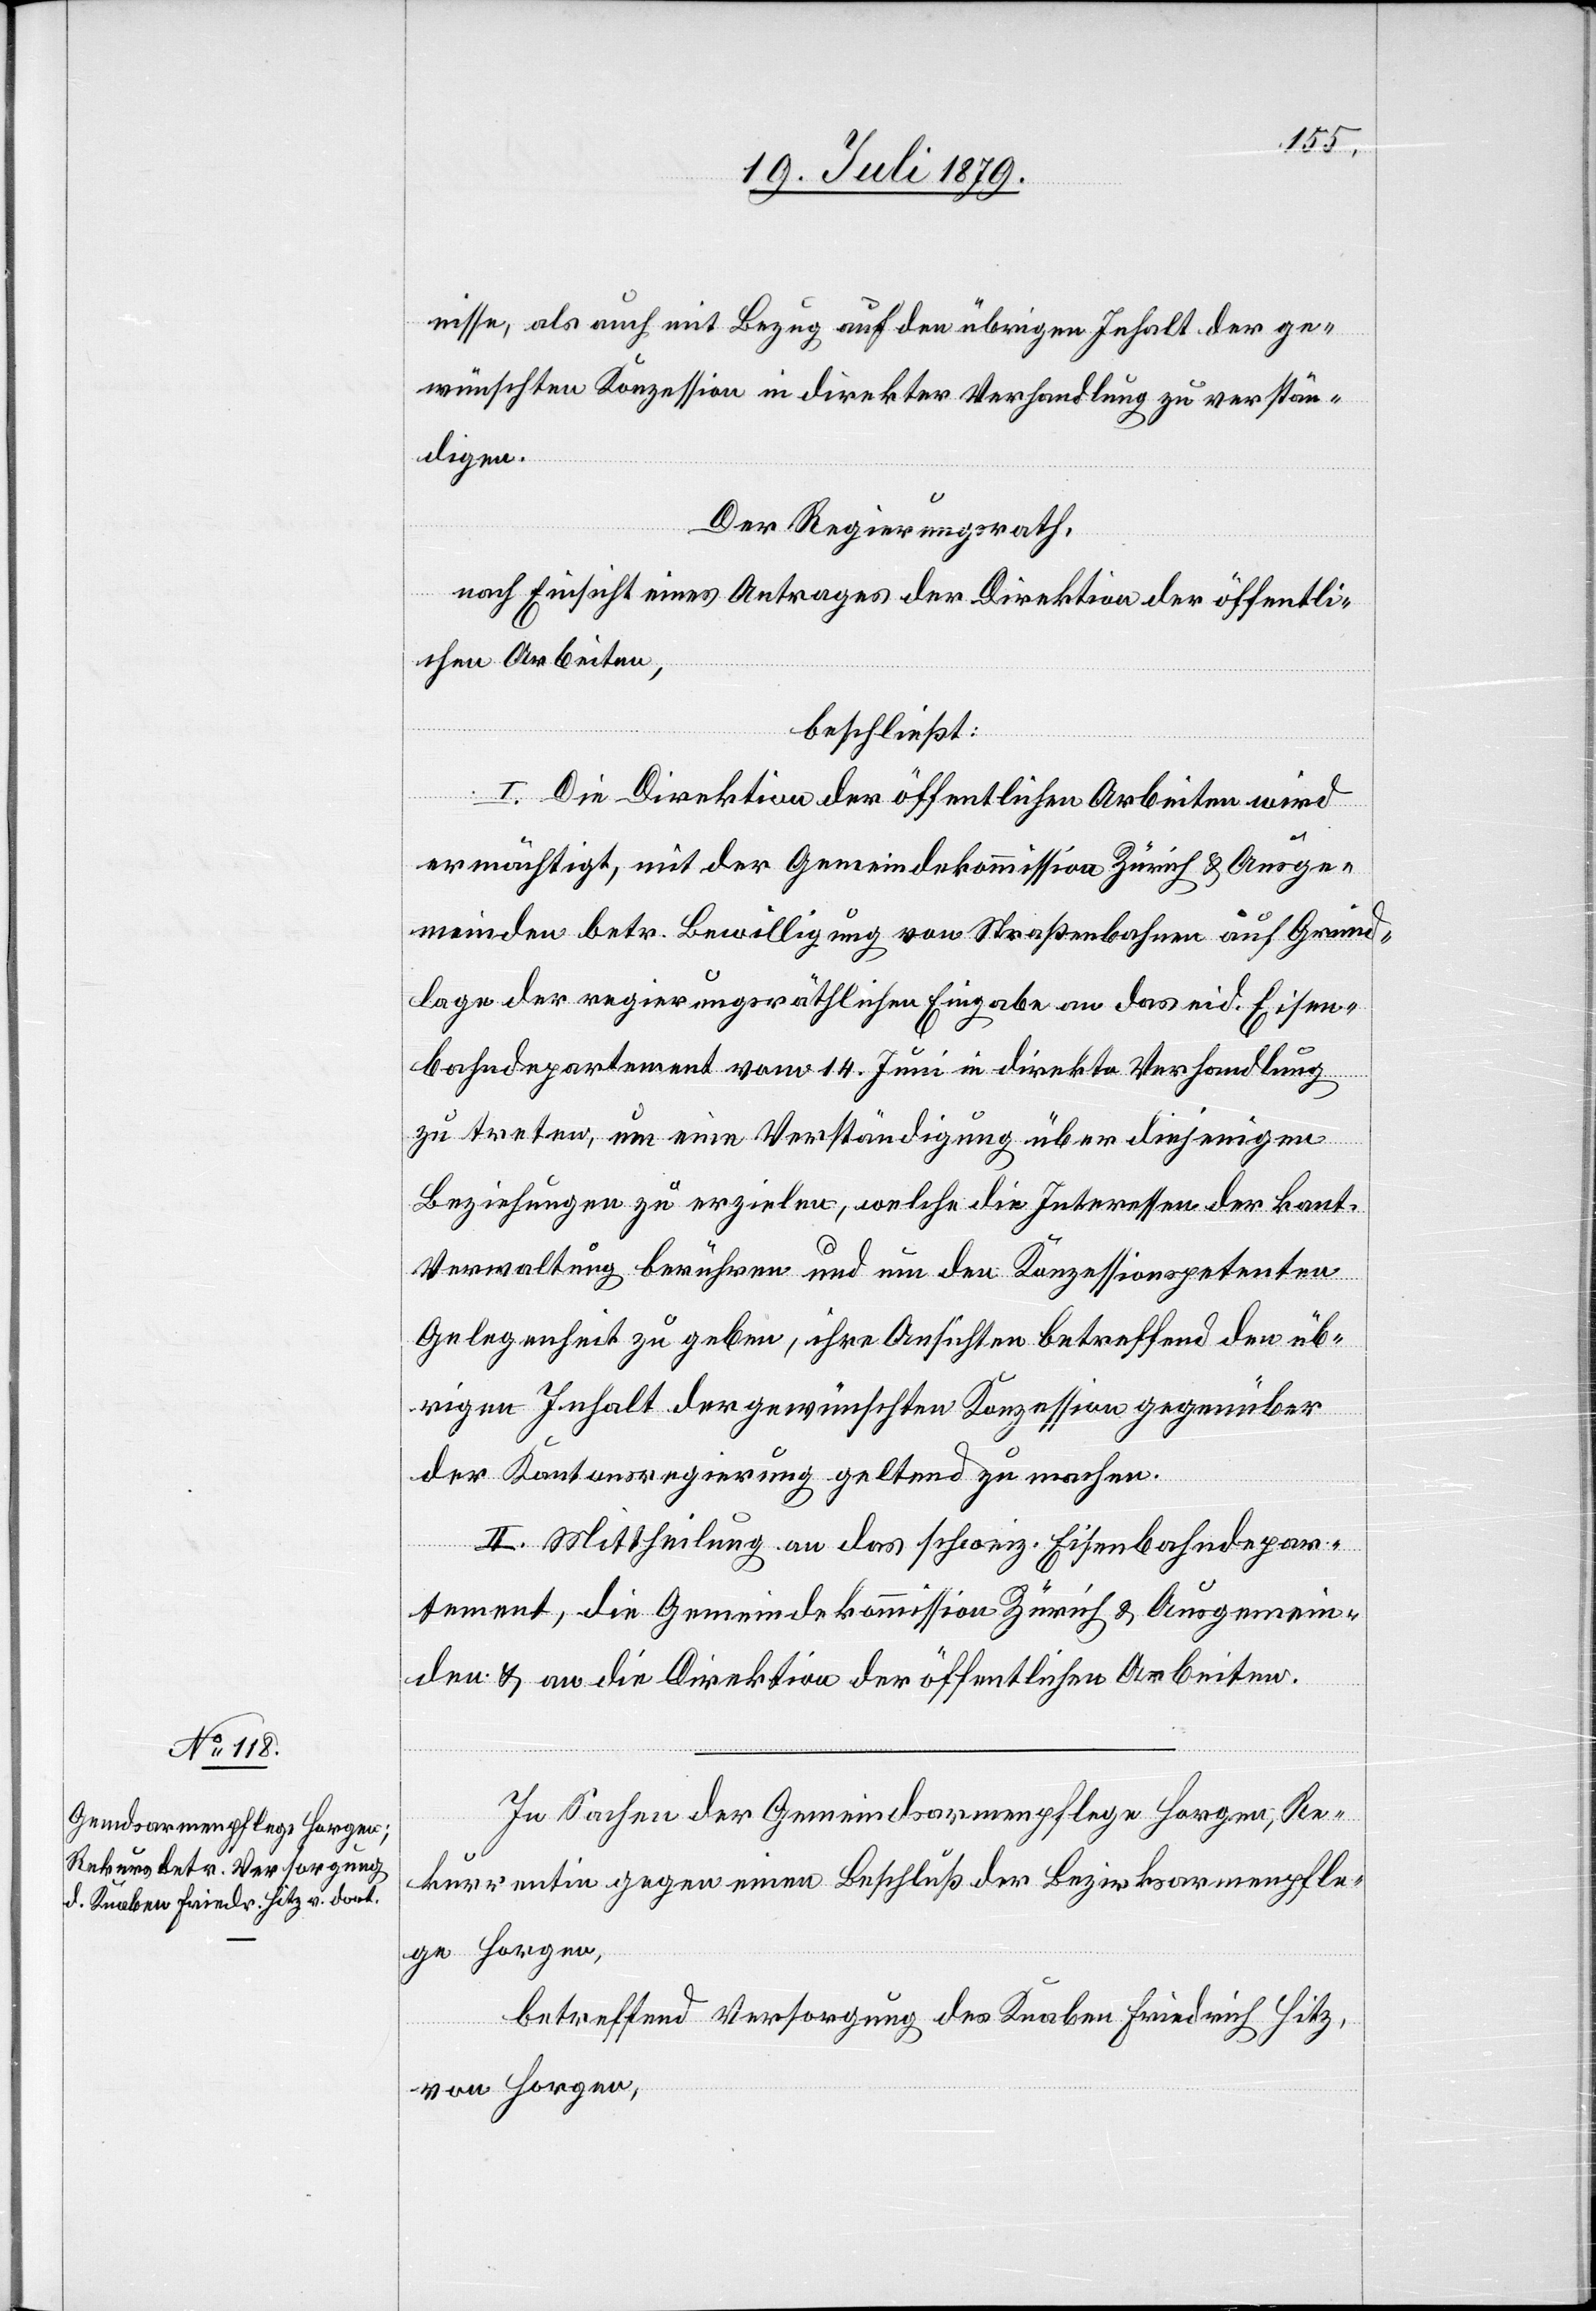
nisse, als auch mit Bezug auf den übrigen Inhalt der ge¬
wünschten Konzession in direkter Verhandlung zu verstän¬
digen.
Der Regierungsrath,
nach Einsicht eines Antrages der Direktion der öffentli¬
chen Arbeiten,
beschließt:
I. Die Direktion der öffentlichen Arbeiten wird
ermächtigt, mit der Gemeindekommission Zürich & Ausge¬
meinden betr. Bewilligung von Straßenbahnen auf Grund¬
lage der regierungsräthlichen Eingabe an das eid. Eisen¬
bahndepartement vom 14. Juni in direkte Verhandlung
zu treten, um eine Verständigung über diejenigen
Beziehungen zu erzielen, welche die Interessen der kant.
Verwaltung berühren und um den Konzessionspetenten
Gelegenheit zu geben, ihre Ansichten betreffend den üb¬
rigen Inhalt der gewünschten Konzession gegenüber
der Kantonsregierung geltend zu machen.
II. Mittheilung an das schweiz. Eisenbahndepar¬
tement, die Gemeindekommission Zürich & Ausgemein¬
den & an die Direktion der öffentlichen Arbeiten.
In Sachen der Gemeindsarmenpflege Horgen, Re¬
kurrentin gegen einen Beschluß der Bezirksarmenpfle¬
ge Horgen,
betreffend Versorgung des Knaben Friedrich Hitz,
von Horgen,